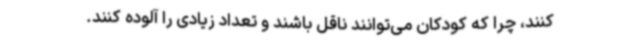
کنند، چرا که کودکان می‌توانند ناقل باشند و تعداد زیادی را آلوده کنند.